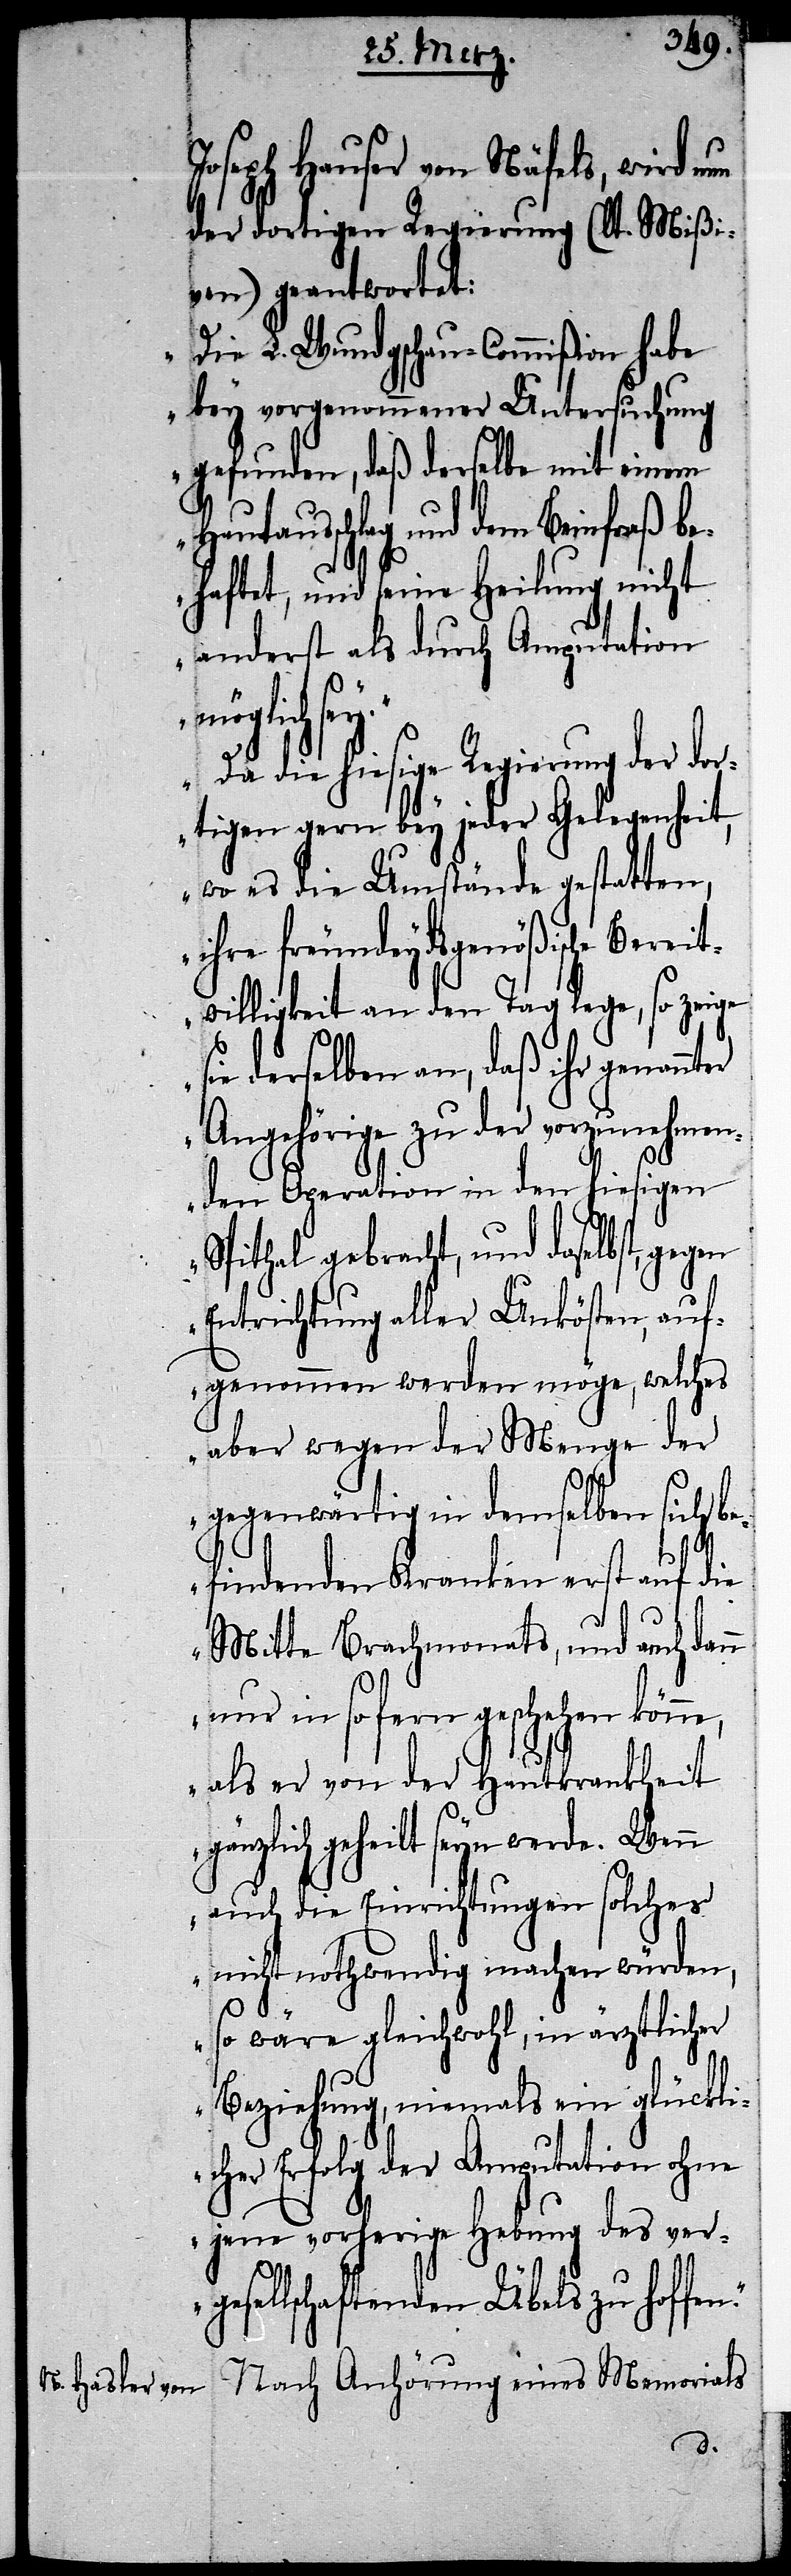
Joseph Hauser von Näfels, wird
der dortigen Regierung (lt. Mißi¬
ven) geantwortet:
„Die L. Wundgschau-Commißion habe
bey vorgenommener Untersuchung
gefunden, daß derselbe mit einem
schlag und dem Beinfraß b¬
ehaftet, und seine Heilung nicht
anderst als durch Amputation
ne,
„Da die hiesige Regierung der dor¬
tigen gern bey jeder Gelegenheit,
wo es die Umstände gestatten,
n.“
ihre freundeydsgenößische
willigkeit an den Tag lege, so zeige
e derselben an, daß ihr genan¬
rige[r] zu der vorzunehmen¬
den Operation in den hiesigen
Spithal gebracht, und daselbst,
Entrichtung aller Unkösten, auf¬
genommen werden möge, welches
aber wegen der Menge der
gegenwärtig in demselben sich b¬
efindenden Kranken erst auf die
Mitte Brachmonats, und auch dann
nur in so fern geschehen kön¬
als er von der Hautkrankheit
gänzlich geheilt seyn werde. Wenn
auch die Einrichtungen solches
nicht nothwendig machen würden,
so wäre gleichwohl, in ärztlicher
Beziehung, niemals ein glückli¬
cher Erfolg der Amputation ohne
jene vorherige Hebung des ver¬
gesellschaftenden Übels zu hoffe¬
Nach Anhörung eines Memorials